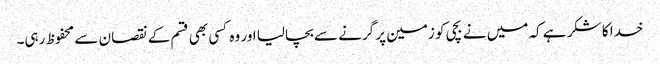
خدا کا شکر ہے کہ میں نے بچی کو زمین پر گرنے سے بچالیا اور وہ کسی بھی قسم کے نقصان سے محفوظ رہی۔